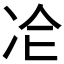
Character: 𠖸